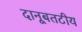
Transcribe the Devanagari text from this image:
दानूबतटीय